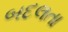
બદલતા